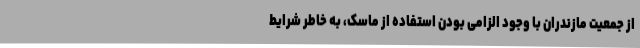
از جمعیت مازندران با وجود الزامی بودن استفاده از ماسک، به خاطر شرایط